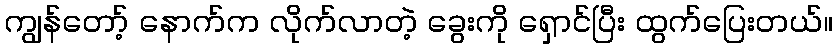
ကျွန်တော့် နောက်က လိုက်လာတဲ့ ခွေးကို ရှောင်ပြီး ထွက်ပြေးတယ်။